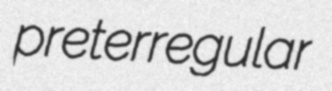
preterregular